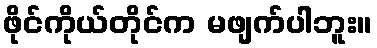
ဖိုင်ကိုယ်တိုင်က မဖျက်ပါဘူး။